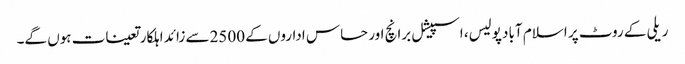
ریلی کے روٹ پر اسلام آباد پولیس، اسپیشل برانچ اور حساس اداروں کے 2500سے زائد اہلکار تعینات ہوں گے۔